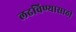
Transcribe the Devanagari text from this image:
लढविण्यासाठी